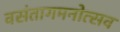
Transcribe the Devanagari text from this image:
वसंतागमनोत्सव